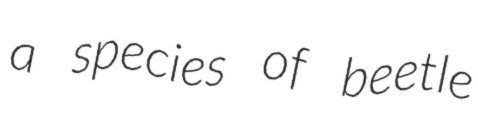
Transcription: a species of beetle